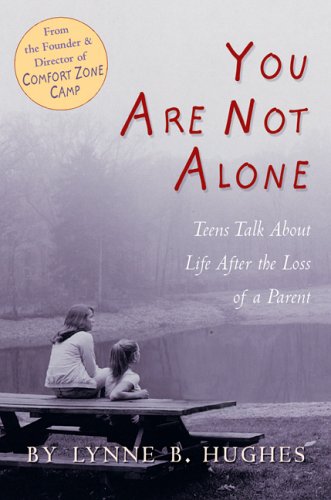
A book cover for You Are Not Alone: Teens Talk About Life After The Loss Of A Parent; Lynne Hughes; Teen & Young Adult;